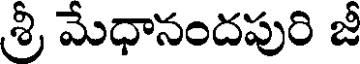
శ్రీ మేధానందపురి జీ